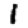
Digit: 1